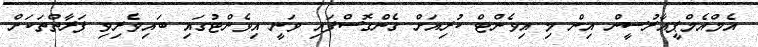
އެމްއެމްޕީއާރުސީން އިން މި އިވެންޓް ކުރިއަށް ގެންގޮސްފައި ވަނީ އިވެންޓުގައި ބައިވެރިވި ފަރާތްތަކަށް